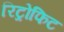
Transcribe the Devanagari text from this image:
रिट्रोफिट